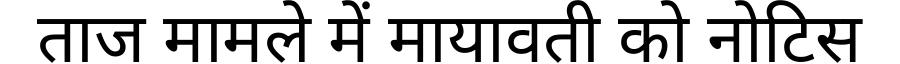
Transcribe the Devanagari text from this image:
ताज मामले में मायावती को नोटिस